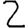
Digit: 2